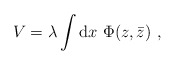
\begin{align*}V= \lambda\int {\rm d}x\ \Phi(z,{\bar z})\ ,\end{align*}